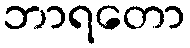
ဘာရတော